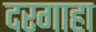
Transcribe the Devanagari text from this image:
दरगाहा